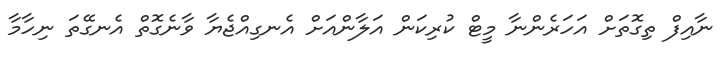
ނާއިފް ތިގޮތަށް އަހަރެންނާ މީޓް ކުރިކަން އަލާންއަށް އެނގިއްޖެޔާ ވާނެގޮތް އެނގޭތަ ނިހާމާ